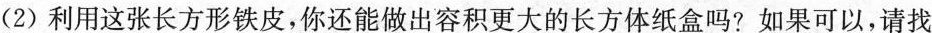
(2)利用这张长方形铁皮，你还能做出容积更大的长方体纸盒吗?如果可以，请找